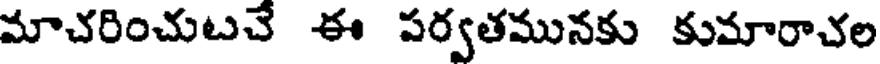
మాచరించుటచే ఈ పర్వతమునకు కుమారాచల